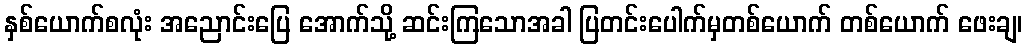
နှစ်ယောက်စလုံး အညောင်းပြေ အောက်သို့ ဆင်းကြသောအခါ ပြတင်းပေါက်မှတစ်ယောက် တစ်ယောက် ဖေးချ၊